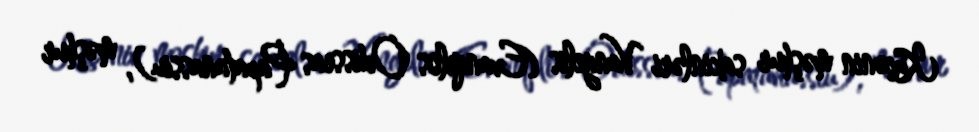
Küçənin məşhur sakinləri Vangelis (Evanqelos Odisseas Papatanassiu), məşhur